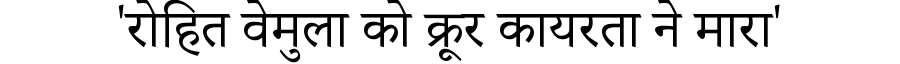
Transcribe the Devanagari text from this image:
'रोहित वेमुला को क्रूर कायरता ने मारा'